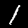
Digit: 1